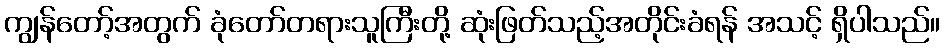
ကျွန်တော့်အတွက် ခုံတော်တရားသူကြီးတို့ ဆုံးဖြတ်သည့်အတိုင်းခံရန် အသင့် ရှိပါသည်။